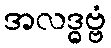
အလဒ္ဓဗ္ဗံ